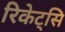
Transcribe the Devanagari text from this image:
रिकेट्सि